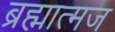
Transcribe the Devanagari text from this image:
ब्रह्मात्मज